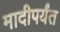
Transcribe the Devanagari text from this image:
मादीपर्यंत